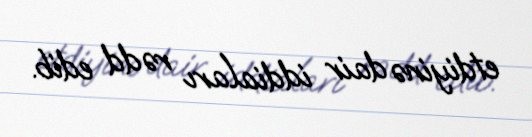
etdiyinə dair iddiaları rədd edib.